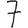
Digit: 7